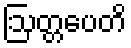
ဩတ္တပေတိ